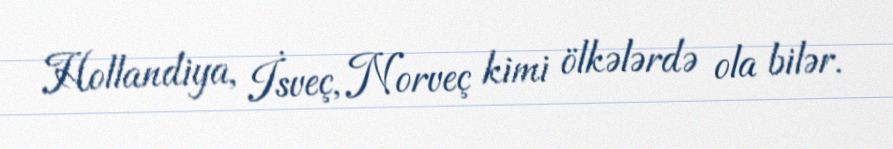
Hollandiya, İsveç, Norveç kimi ölkələrdə ola bilər.